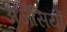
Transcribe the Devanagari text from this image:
अजैसियों